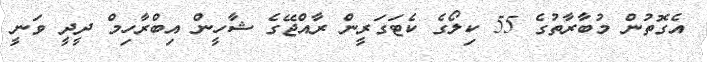
އެގޮތުން މުބާރާތުގެ 55 ކިލޯގެ ކެޓަގަރީން ރާއްޖޭގެ ޝާހީން އިބްރާހިމް ދީދީ ވަނީ